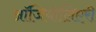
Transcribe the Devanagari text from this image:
ऑजियोलिएरी